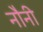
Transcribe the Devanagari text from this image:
नौनी